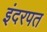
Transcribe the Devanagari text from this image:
इंदरपत